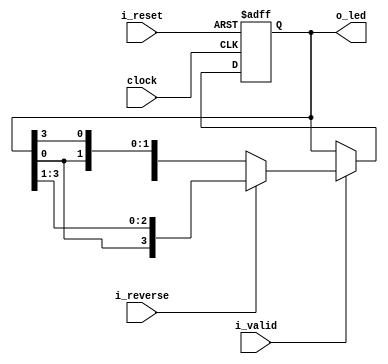
//Segunda jerarquia
module shiftreg
#(
    parameter NB_LEDS = 4

)
(
    output [NB_LEDS-1 :0]   o_led,
    input                   i_valid, //la de habilitacion que entra
    input                   i_reverse, //cambio de sentido
    input                   i_reset,
    input                   clock
                       
);


    //VARS
    reg [NB_LEDS-1 :0] shiftregisters;

    //reg direction;

    //OPT1 FOR
    integer ptr;


    always @(posedge clock or posedge i_reset) begin
        if(i_reset)begin 
            shiftregisters <= {{NB_LEDS-1{1'b0}},{1'b1}};//4'b0001;
            //direction <= 1'b0;
        end 
        else if (i_valid)begin
            //if(i_reverse)begin
            //    direction <= ~direction;
            //end

            //if(direction == 1'b0)begin
            
            if(~i_reverse)begin
                shiftregisters <= {shiftregisters[NB_LEDS-2:0], shiftregisters[NB_LEDS-1]};
            end
            else begin
                shiftregisters <= {shiftregisters[0], shiftregisters[NB_LEDS-1:1]};
            end

        end
        else begin 
            shiftregisters <= shiftregisters;
            //direction <= direction;
        end       
    end


    assign o_led = shiftregisters;

endmodule